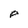
Character: p